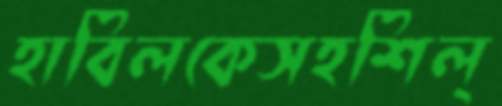
হাবিলকেসহশিল্